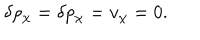
\delta \rho _ { \chi } = \delta p _ { \chi } = v _ { \chi } = 0 .